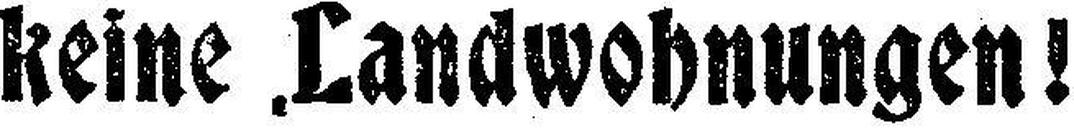
keine Landwohnungen !